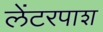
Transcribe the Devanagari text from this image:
लेंटरपाश